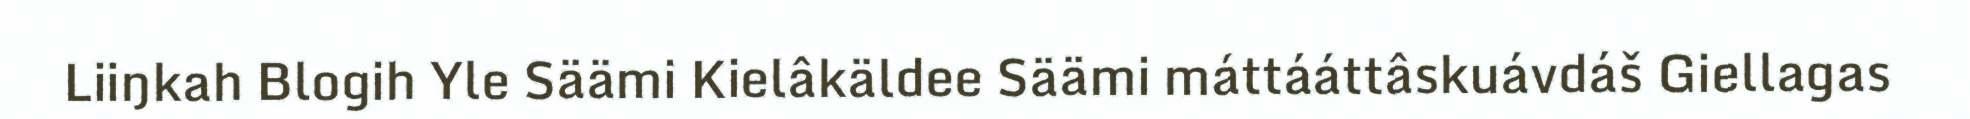
Liiŋkah Blogih Yle Säämi Kielâkäldee Säämi máttááttâskuávdáš Giellagas